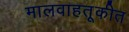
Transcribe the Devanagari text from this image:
मालवाहतूकीत